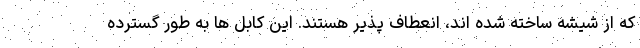
که از شیشه ساخته شده اند، انعطاف پذیر هستند. این کابل ها به طور گسترده